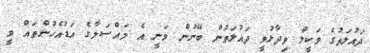
ދައުލަތުގެ ވަކީލް ވިދާޅުވީ ދައުލަތުން ބޭނުން ވަނީ އެ މައްސަލާގެ އަޑުއެހުންތައް ވީ